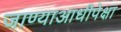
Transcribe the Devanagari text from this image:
जाण्याआधीपेक्षा